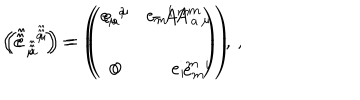
\left( \hat { \hat { e } \, } _ { \hat { \hat { \mu } } } { } ^ { \hat { \hat { a } } } \right) = \left( \begin{array} { c r } { { e _ { \mu } { } ^ { a } } } & { { e _ { m } { } ^ { i } A ^ { m } { } _ { \mu } } } \\ { { } } & { { } } \\ { { 0 } } & { { e _ { m } { } ^ { i } } } \\ \end{array} \right) \, , \hspace { 1 c m } \left( \hat { \hat { e } \, } _ { \hat { \hat { a } } } { } ^ { \hat { \hat { \mu } } } \right) = \left( \begin{array} { c r } { { e _ { a } { } ^ { \mu } } } & { { - A ^ { m } { } _ { a } } } \\ { { } } & { { } } \\ { { 0 } } & { { e _ { i } { } ^ { m } } } \\ \end{array} \right) \, ,